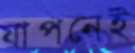
যাপনেই